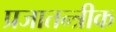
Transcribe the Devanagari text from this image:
प्रजातन्त्रीक